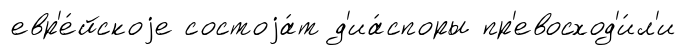
евр'е́йскоjе состоjа́т д'иа́споры пр'евосход'и́л'и